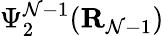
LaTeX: \Psi_{2}^{\mathcal{N}-1}({\mathbf{R}}_{\mathcal{N}-1})